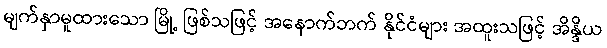
မျက်နှာမူထားသော မြို့ ဖြစ်သဖြင့် အနောက်ဘက် နိုင်ငံများ အထူးသဖြင့် အိန္ဒိယ